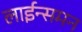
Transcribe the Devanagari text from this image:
लाईन्समन